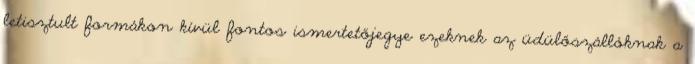
letisztult formákon kívül fontos ismertetőjegye ezeknek az üdülőszállóknak a